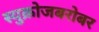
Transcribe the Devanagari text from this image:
स्युक्रोजबरोबर